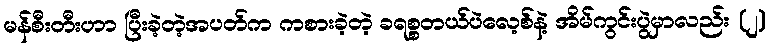
မန်စီးတီးဟာ ပြီးခဲ့တဲ့အပတ်က ကစားခဲ့တဲ့ ခရစ္စတယ်ပဲလေ့စ်နဲ့ အိမ်ကွင်းပွဲမှာလည်း (၂)